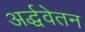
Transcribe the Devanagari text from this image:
अर्द्धवेतन